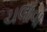
ચલાવા